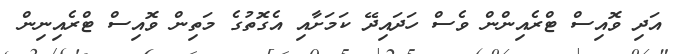
އަދި ވޮއިސް ޓްރެއިންން ވެސް ހަދައިދޭ ކަމަށާއި އެގޮތުގެ މަތިން ވޮއިސް ޓްރެއިނިން